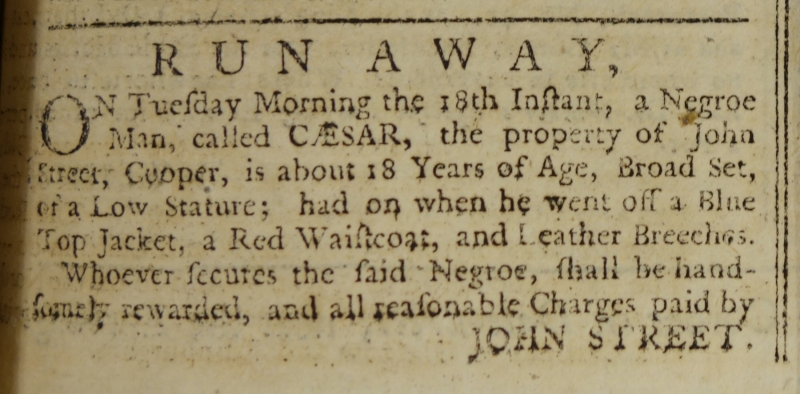
Liverpool General Advertiser, or the Commercial Register, 21 August 1767 (England)
       R U N   A W A Y,On Tuesday Morning the 18th Instant, a Negroe Man, called CAESAR, the property of John Street, Cooper, is about 18 Years of Age, Broad Set, of a Low Stature; had on when he went off a Blue Top Jacket, a Red Waistcoat, and Leather Breeches.  Whoever secures the said Negroe, shall be handsomely rewarded, and all reasonable Charges, paid by                       JOHN STREET.